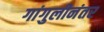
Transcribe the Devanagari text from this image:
गांगुलीनंतर